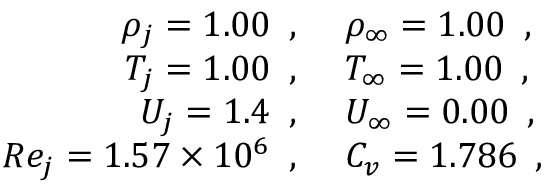
\begin{array} { r l } { \rho _ { j } = 1 . 0 0 \, \mathrm { ~ , ~ } } & { { } \rho _ { \infty } = 1 . 0 0 \, \mathrm { ~ , ~ } } \\ { T _ { j } = 1 . 0 0 \, \mathrm { ~ , ~ } } & { { } T _ { \infty } = 1 . 0 0 \, \mathrm { ~ , ~ } } \\ { U _ { j } = 1 . 4 \, \mathrm { ~ , ~ } } & { { } U _ { \infty } = 0 . 0 0 \, \mathrm { ~ , ~ } } \\ { R e _ { j } = 1 . 5 7 \times 1 0 ^ { 6 } \, \mathrm { ~ , ~ } } & { { } C _ { v } = 1 . 7 8 6 \, \mathrm { ~ , ~ } } \end{array}